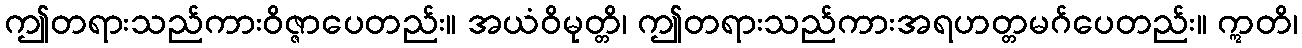
ဤတရားသည်ကားဝိဇ္ဇာပေတည်း။ အယံဝိမုတ္တိ၊ ဤတရားသည်ကားအရဟတ္တမဂ်ပေတည်း။ ဣတိ၊